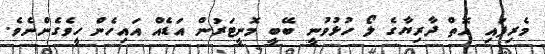
މެރިފައި އޮތް ދާރިޔާގެ ލޯ ހުޅުވުނީ ބޭބީ މޮނީޓަރުން އަޑެއް އައިހެން ހީވެގެންނެވެ.